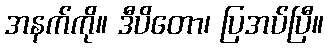
အနက်ကို။ ဒီပိတော၊ ပြအပ်ပြီ။